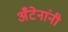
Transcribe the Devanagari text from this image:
अँटेनांनी